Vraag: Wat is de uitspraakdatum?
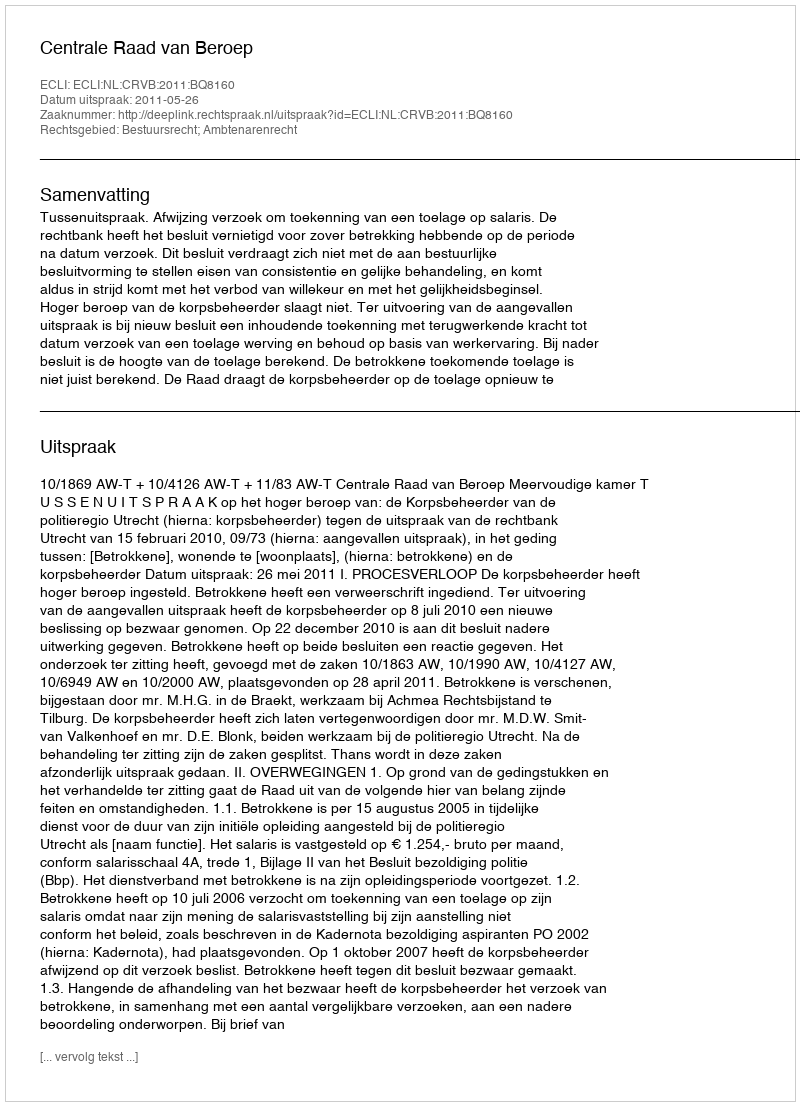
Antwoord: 2011-05-26